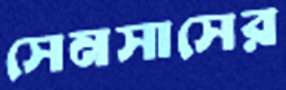
সেনসাসের